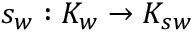
s _ { w } : K _ { w } \to K _ { s w }